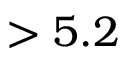
> 5 . 2